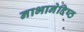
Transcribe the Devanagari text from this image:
नाभानेदिष्ठ